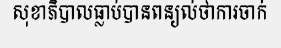
សុខាភិបាលធ្លាប់បានពន្យល់ថាការចាក់